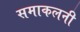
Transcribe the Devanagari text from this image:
समाकलनी